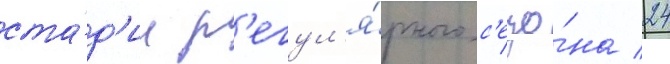
ста́д'ии р'егул'я́рного с'езо́на 24